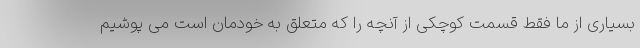
بسیاری از ما فقط قسمت کوچکی از آنچه را که متعلق به خودمان است می پوشیم